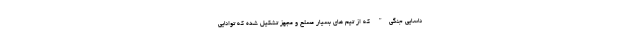
ناسایی جنگی" که از تیم های بسیار مسلح و مجهز تشکیل شده که توانایی